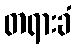
တရားခံ